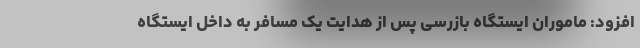
افزود: ماموران ایستگاه بازرسی پس از هدایت یک مسافر به داخل ایستگاه